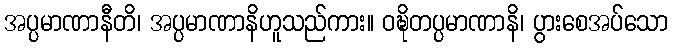
အပ္ပမာဏာနီတိ၊ အပ္ပမာဏာနိဟူသည်ကား။ ဝဍ္ဎိတပ္ပမာဏာနိ၊ ပွားစေအပ်သော